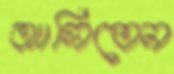
আসিতেন